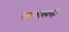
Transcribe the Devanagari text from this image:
सरकारवरही